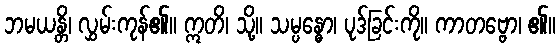
ဘမယန္တိ၊ လွှမ်းကုန်၏။ ဣတိ၊ သို့။ သမ္ပန္ဓော၊ ပုဒ်ခြင်းကို။ ကာတဗ္ဗော၊ ၏။